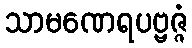
သာမဏေရပဗ္ဗဇ္ဇံ